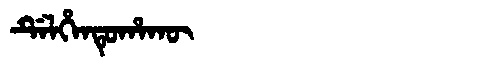
Manchu: ᡩᡝᠯᡥᡝᠨᡨᡠᡥᠠᡴᡡ
Romanization: DELHENTUHAKŪ